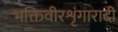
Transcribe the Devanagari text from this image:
भक्तिवीरशृंगारादी